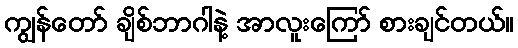
ကျွန်တော် ချိစ်ဘာဂါနဲ့ အာလူးကြော် စားချင်တယ်။